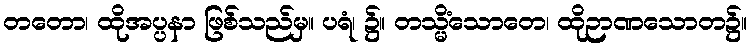
တတော၊ ထိုအပ္ပနာ ဖြစ်သည်မှ။ ပရံ၊ ၌။ တသ္မိံသောတေ၊ ထိုဉာဏသောတ၌။